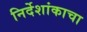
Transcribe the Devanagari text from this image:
निर्देशांकाचा